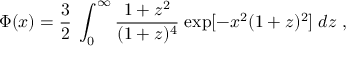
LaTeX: \Phi ( x ) = { \frac { 3 } { 2 } } \; \int _ { 0 } ^ { \infty } { \frac { 1 + z ^ { 2 } } { ( 1 + z ) ^ { 4 } } } \; \mathrm { e x p } [ - x ^ { 2 } ( 1 + z ) ^ { 2 } ] \; d z \ ,